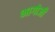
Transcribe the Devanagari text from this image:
भागोजी